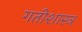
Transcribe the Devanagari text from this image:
गतीशास्त्र